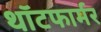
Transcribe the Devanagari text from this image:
थॉटफार्मर